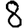
Digit: 8